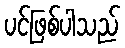
ပင်ဖြစ်ပါသည်